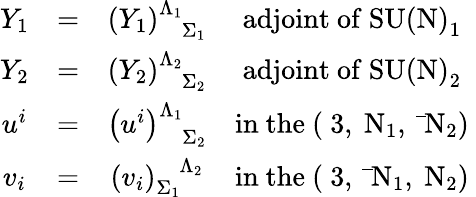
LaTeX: \begin{array}{cccc}{{Y_{1}}}&{{=}}&{{\left(Y_{1}\right)_{\phantom{\Lambda_{1}}\Sigma_{1}}^{\Lambda_{1}}}}&{{\mathrm{adjoint~of~\mathrm{SU(N)}_{1}~}}}\\ {{Y_{2}}}&{{=}}&{{\left(Y_{2}\right)_{\phantom{\Lambda_{2}}\Sigma_{2}}^{\Lambda_{2}}}}&{{\mathrm{adjoint~of~\mathrm{SU(N)}_{2}~}}}\\ {{u^{i}}}&{{=}}&{{\left(u^{i}\right)_{\phantom{\Lambda_{1}}\Sigma_{2}}^{\Lambda_{1}}}}&{{\mathrm{in~the~({\mathbf~3},{\mathbf~N}_{1},{\mathbf~\bar{~}N}_{2})~}}}\\ {{v_{i}}}&{{=}}&{{\left(v_{i}\right)_{\Sigma_{1}}^{\phantom{\Sigma_{1}}\Lambda_{2}}}}&{{\mathrm{in~the~({\mathbf~3},{\mathbf~\bar{~}N}_{1},{\mathbf~N}_{2})~}}}\end{array}